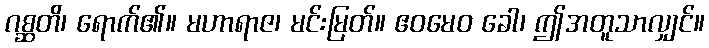
ဂစ္ဆတိ၊ ရောက်၏။ မဟာရာဇ၊ မင်းမြတ်။ ဧဝမေဝ ခေါ၊ ဤအတူသာလျှင်။